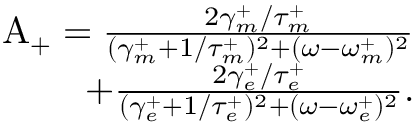
\begin{array} { r } { \mathrm { A _ { + } } = \frac { 2 \gamma _ { m } ^ { + } / \tau _ { m } ^ { + } } { ( \gamma _ { m } ^ { + } + 1 / \tau _ { m } ^ { + } ) ^ { 2 } + ( \omega - \omega _ { m } ^ { + } ) ^ { 2 } } } \\ { + \frac { 2 \gamma _ { e } ^ { + } / \tau _ { e } ^ { + } } { ( \gamma _ { e } ^ { + } + 1 / \tau _ { e } ^ { + } ) ^ { 2 } + ( \omega - \omega _ { e } ^ { + } ) ^ { 2 } } . } \end{array}